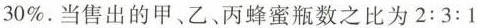
30\%. 当售出的甲、乙、丙蜂蜜瓶数之比为$$2:3:1$$